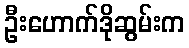
ဦးဟောက်ဒိုဆွမ်းက